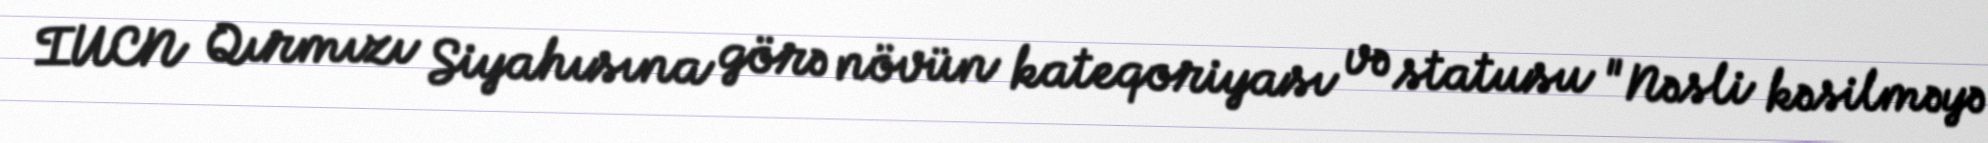
IUCN Qırmızı Siyahısına görə növün kateqoriyası və statusu "Nəsli kəsilməyə